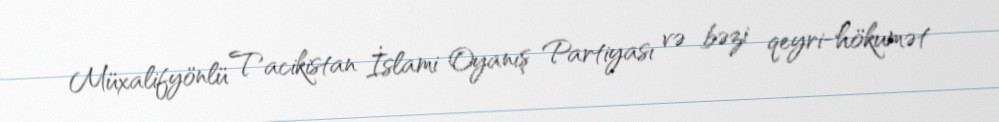
Müxalifyönlü Tacikistan İslami Oyanış Partiyası və bəzi qeyri-hökumət